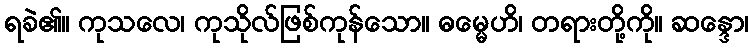
ရခဲ၏။ ကုသလေ၊ ကုသိုလ်ဖြစ်ကုန်သော။ ဓမ္မေဟိ၊ တရားတို့ကို။ ဆန္ဒော၊